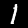
Label: 1